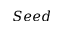
S e e d